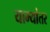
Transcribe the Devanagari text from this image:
याम्यांतर